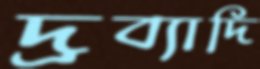
দ্রব্যাদি